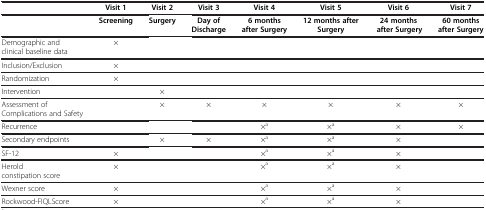
<table><thead><tr><td><b> </b></td><td><b>Visit 1</b></td><td><b>Visit 2</b></td><td><b>Visit 3</b></td><td><b>Visit 4</b></td><td><b>Visit 5</b></td><td><b>Visit 6</b></td><td><b>Visit 7</b></td></tr></thead><tbody><tr><td> </td><td><b>Screening</b></td><td><b>Surgery</b></td><td><b>Day of Discharge</b></td><td><b>6 months after Surgery</b></td><td><b>12 months after Surgery</b></td><td><b>24 months after Surgery</b></td><td><b>60 months after Surgery</b></td></tr><tr><td>Demographic and clinical baseline data</td><td>×</td><td> </td><td> </td><td> </td><td> </td><td> </td><td> </td></tr><tr><td>Inclusion/Exclusion</td><td>×</td><td> </td><td> </td><td> </td><td> </td><td> </td><td> </td></tr><tr><td>Randomization</td><td>×</td><td> </td><td> </td><td> </td><td> </td><td> </td><td> </td></tr><tr><td>Intervention</td><td> </td><td>×</td><td> </td><td> </td><td> </td><td> </td><td> </td></tr><tr><td>Assessment of Complications and Safety</td><td> </td><td>×</td><td>×</td><td>×</td><td>×</td><td>×</td><td>×</td></tr><tr><td>Recurrence</td><td> </td><td> </td><td> </td><td>×<sup>a</sup></td><td>×<sup>a</sup></td><td>×</td><td>×</td></tr><tr><td>Secondary endpoints</td><td> </td><td>×</td><td>×</td><td>×<sup>a</sup></td><td>×<sup>a</sup></td><td>×</td><td> </td></tr><tr><td>SF-12</td><td>×</td><td> </td><td> </td><td>×<sup>a</sup></td><td>×<sup>a</sup></td><td>×</td><td> </td></tr><tr><td>Herold constipation score</td><td>×</td><td> </td><td> </td><td>×<sup>a</sup></td><td>×<sup>a</sup></td><td>×</td><td> </td></tr><tr><td>Wexner score</td><td>×</td><td> </td><td> </td><td>×<sup>a</sup></td><td>×<sup>a</sup></td><td>×</td><td> </td></tr><tr><td>Rockwood-FIQLScore</td><td>×</td><td> </td><td> </td><td>×<sup>a</sup></td><td>×<sup>a</sup></td><td>×</td><td> </td></tr></tbody></table>